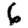
Digit: 6